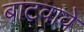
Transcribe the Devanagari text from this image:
बाटवावे